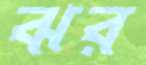
ঝর